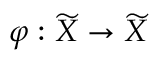
\varphi : { \widetilde { X } } \to { \widetilde { X } }